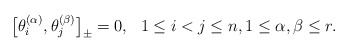
\begin{gather*}\big[\theta_i^{(\alpha)},\theta_j^{(\beta)}\big]_{\pm}=0, \ \ 1 \le i < j\le n, 1 \le \alpha, \beta \le r.\end{gather*}